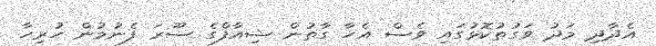
އެދާދި މަދު ވަގުތުކޮޅުގައި ވެސް އެހާ ގާތުން ޝިއާފްގެ ސޫރަ ފެނުމުން ހުރިހާ